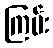
ကြမ်း